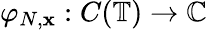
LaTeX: \varphi_{N,\mathbf{x}}:C(\mathbb{{T}})\to\mathbb{{C}}